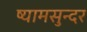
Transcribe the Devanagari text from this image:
ष्यामसुन्दर